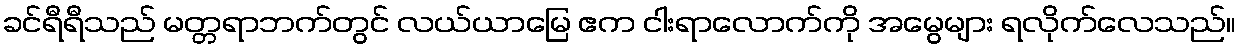
ခင်ရီရီသည် မတ္တရာဘက်တွင် လယ်ယာမြေ ဧက ငါးရာလောက်ကို အမွေများ ရလိုက်လေသည်။